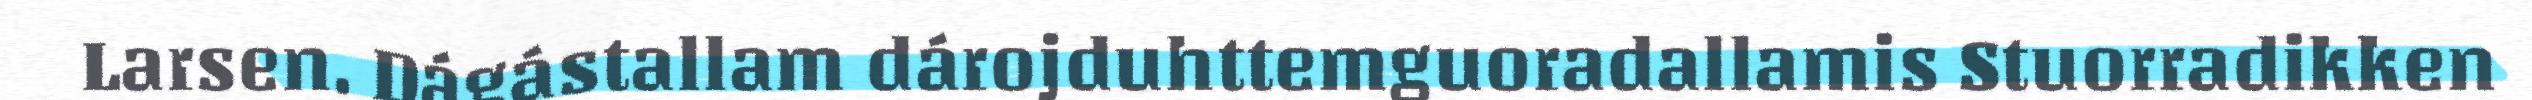
Larsen. Dágástallam dárojduhttemguoradallamis Stuorradikken